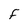
Character: F